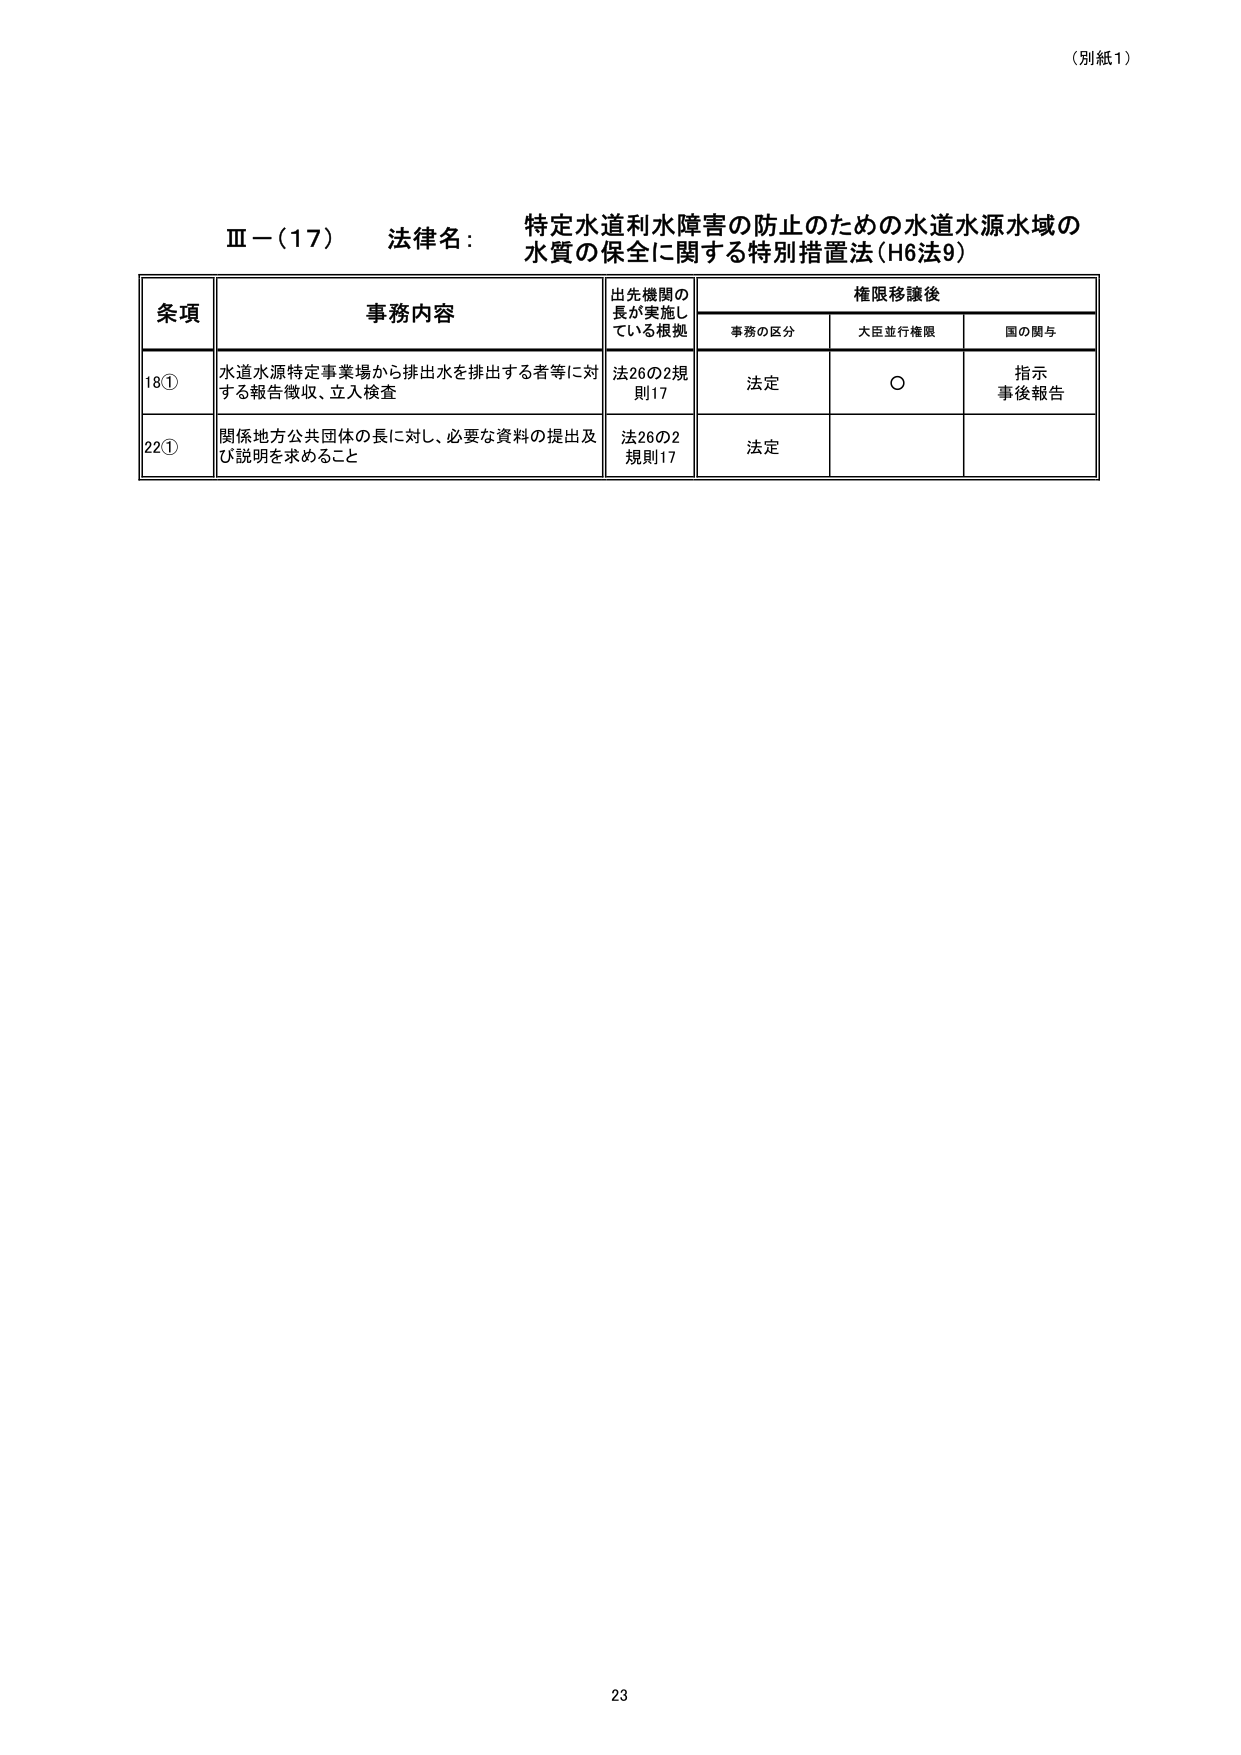
（別紙1）

Ⅲ－（17） 法律名： 特定水道利水障害の防止のための水道水源水域の
水質の保全に関する特別措置法（H6法9）

条項 事務内容 出先機関の
長が実施し
ている根拠 権限移譲後
事務の区分 大臣立行権限 国の関与

18① 水道水源特定事業場から排出水を排出する者等に対
する報告徴収、立入検査 法26の2規
則17 法定 ○ 指示
事後報告

22① 関係地方公共団体の長に対し、必要な資料の提出及
び説明を求めること 法26の2
規則17 法定

23